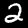
Label: 2